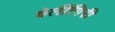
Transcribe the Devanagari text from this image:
वेलींगिरी